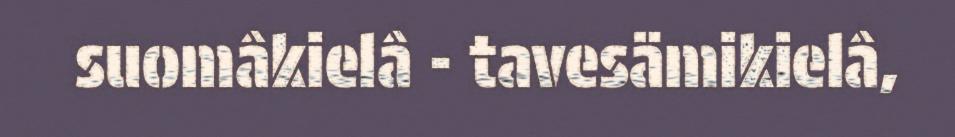
suomâkielâ - tavesämikielâ,